Lunatic asylums Bombay report 1878-1890 - 1878-1890
Year: 1878
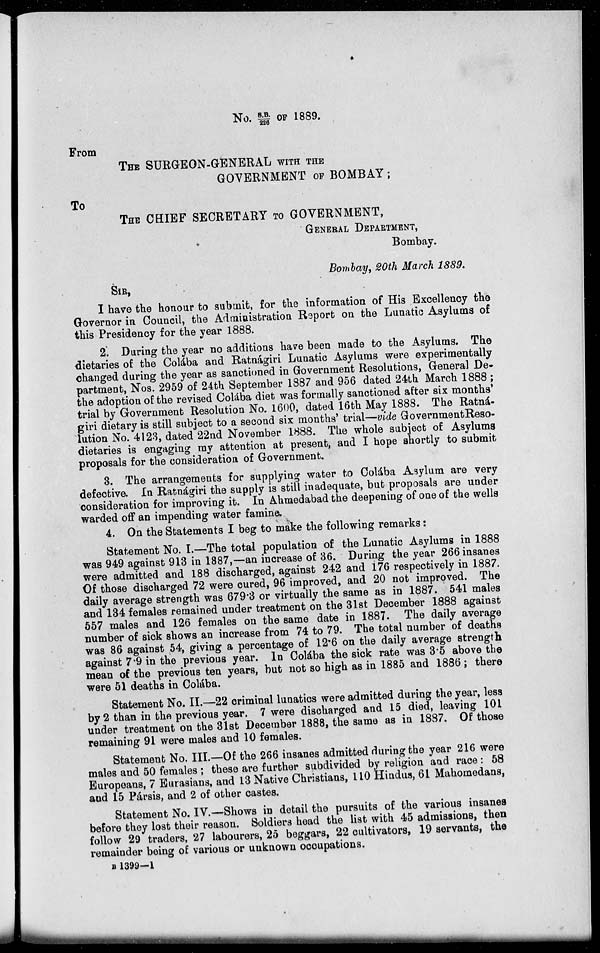
No. S.B./226 OF 1889.
From
THE SURGEON-GENERAL WITH THE
GOVERNMENT OF BOMBAY;
To
THE CHIEF SECRETARY TO GOVERNMENT,
GENERAL DEPARTMENT,
Bombay.
Bombay, 20th March 1889.
SIR,
I have the honour to submit, for the information of His Excellency the
Governor in Council, the Administration Report on the Lunatic Asylums of
this Presidency for the year 1888.
2. During the year no additions have been made to the Asylums. The
dietaries of the Colába and Ratnágiri Lunatic Asylums were experimentally
changed during the year as sanctioned in Government Resolutions, General De-
partment, Nos. 2959 of 24th September 1887 and 956 dated 24th March 1888;
the adoption of the revised Colába diet was formally sanctioned after six months'
trial by Government Resolution No. 1600, dated 16th May 1888. The Ratná-
giri dietary is still subject to a second six months' trial—vide Government Reso¬
lution No. 4123, dated 22nd November 1888. The whole subject of Asylums
dietaries is engaging my attention at present, and I hope shortly to submit
proposals for the consideration of Government.
3. The arrangements for supplying water to Colába Asylum are very
defective. In Ratnágiri the supply is still inadequate, but proposals are under
consideration for improving it. In Ahmedabad the deepening of one of the wells
warded off an impending water famine.
4. On the Statements I beg to make the following remarks:
Statement No. I.—The total population of the Lunatic Asylums in 1888
was 949 against 913 in 1887,—an increase of 36. During the year 266 insanes
were admitted and 188 discharged, against 242 and 176 respectively in 1887.
Of those discharged 72 were cured, 96 improved, and 20 not improved. The
daily average strength was 679.3 or virtually the same as in 1887. 541 males
and 134 females remained under treatment on the 31st December 1888 against
557 males and 126 females on the same date in 1887. The daily average
number of sick shows an increase from 74 to 79. The total number of deaths
was 86 against 54, giving a percentage of 12.6 on the daily average strength
against 7.9 in the previous year. In Colába the sick rate was 3.5 above the
mean of the previous ten years, but not so high as in 1885 and 1886; there
were 51 deaths in Colába.
Statement No. II.—22 criminal lunatics were admitted during the year, less
by 2 than in the previous year. 7 were discharged and 15 died, leaving 101
under treatment on the 31st December 1888, the same as in 1887. Of those
remaining 91 were males and 10 females.
Statement No. III.—Of the 266 insanes admitted during the year 216 were
males and 50 females ; these are further subdivided by religion and race : 58
Europeans, 7 Eurasians, and 13 Native Christians, 110 Hindus, 61 Mahomedans,
and 15 Pársis, and 2 of other castes.
Statement No. IV.—Shows in detail the pursuits of the various insanes
before they lost their reason. Soldiers head the list with 45 admissions, then
follow 29 traders, 27 labourers, 25 beggars, 22 cultivators, 19 servants, the
remainder being of various or unknown occupations.
B 1399—1